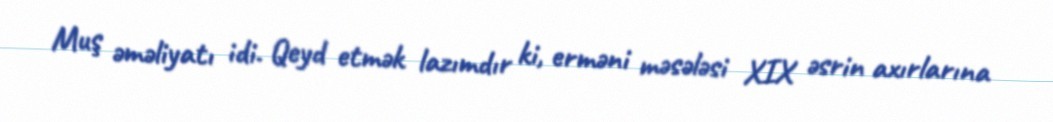
Muş əməliyatı idi. Qeyd etmək lazımdır ki, erməni məsələsi XIX əsrin axırlarına